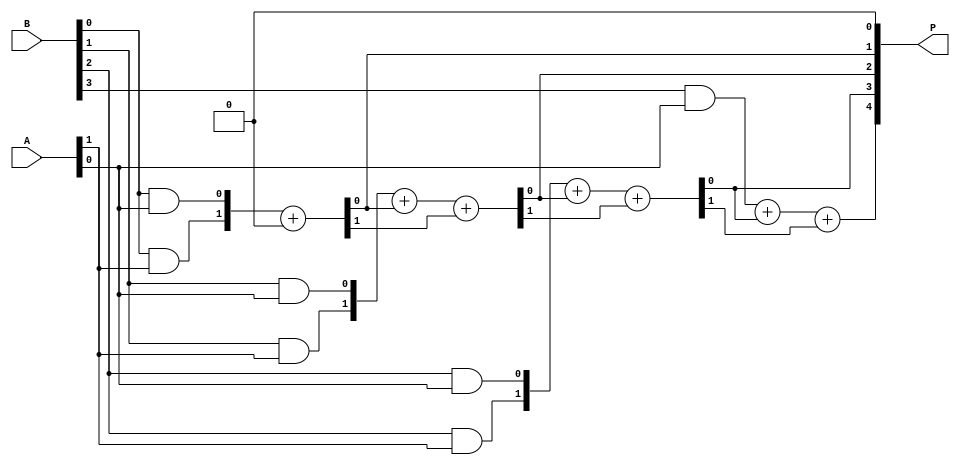
module array_multiplier #(parameter N = 4, M = 4) (
    input  [N-1:0] A,  // N-bit multiplicand
    input  [M-1:0] B,  // M-bit multiplier
    output [N+M-1:0] P // (N+M)-bit product
);
    // Declare partial products
    wire [N-1:0] pp [0:M-1]; // Array of partial products

    // Generate partial products using AND gates
    genvar i, j;
    generate
        for (i = 0; i < M; i = i + 1) begin : generate_partial_products
            for (j = 0; j < N; j = j + 1) begin : and_gate
                assign pp[i][j] = B[i] & A[j];
            end
        end
    endgenerate

    // Sum the partial products
    wire [N + M:0] sum; // Intermediate sum bits
    wire [N + M:0] carry; // Carry bits

    // Initializing the sum and carry
    assign sum[0] = 0; // Initial carry-in

    // Array adder for partial products
    generate
        for (i = 0; i < M; i = i + 1) begin : add_partial_products
            if (i == 0) begin
                assign {carry[i], sum[i + 1]} = pp[i] + sum[i]; // First row of partial products
            end else begin
                assign {carry[i], sum[i + 1]} = pp[i] + sum[i] + carry[i-1]; // Subsequent rows
            end
        end
    endgenerate

    // Final assignment to product output
    assign P = sum[M + N - 1:0];

endmodule